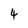
Character: 4